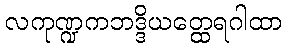
လကုဏ္ဍကဘဒ္ဒိယတ္ထေရဂါထာ